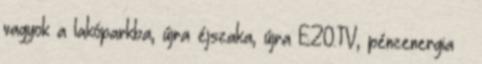
vagyok a lakóparkba, újra éjszaka, újra EZO.TV, pénzenergia 🙂